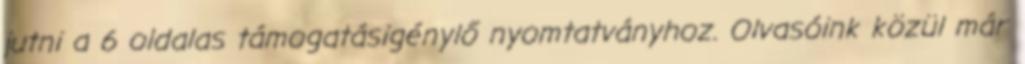
jutni a 6 oldalas támogatásigénylő nyomtatványhoz. Olvasóink közül már